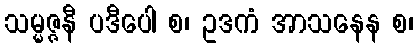
သမ္မဇ္ဇနီ ပဒီပေါ စ၊ ဥဒကံ အာသနေန စ၊